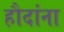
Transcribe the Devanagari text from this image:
हौदांना